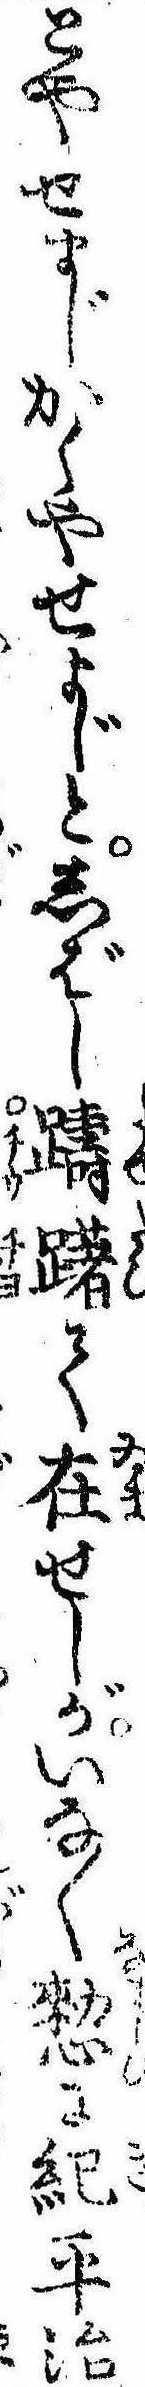
とやせまじかくやせまじとしばし躊躇て在せしがいな〱憖に紀平治